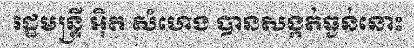
រដ្ឋមន្ត្រី អ៊ិត សំហេង បានសង្កត់ធ្ងន់នោះ